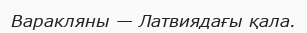
Варакляны — Латвиядағы қала.